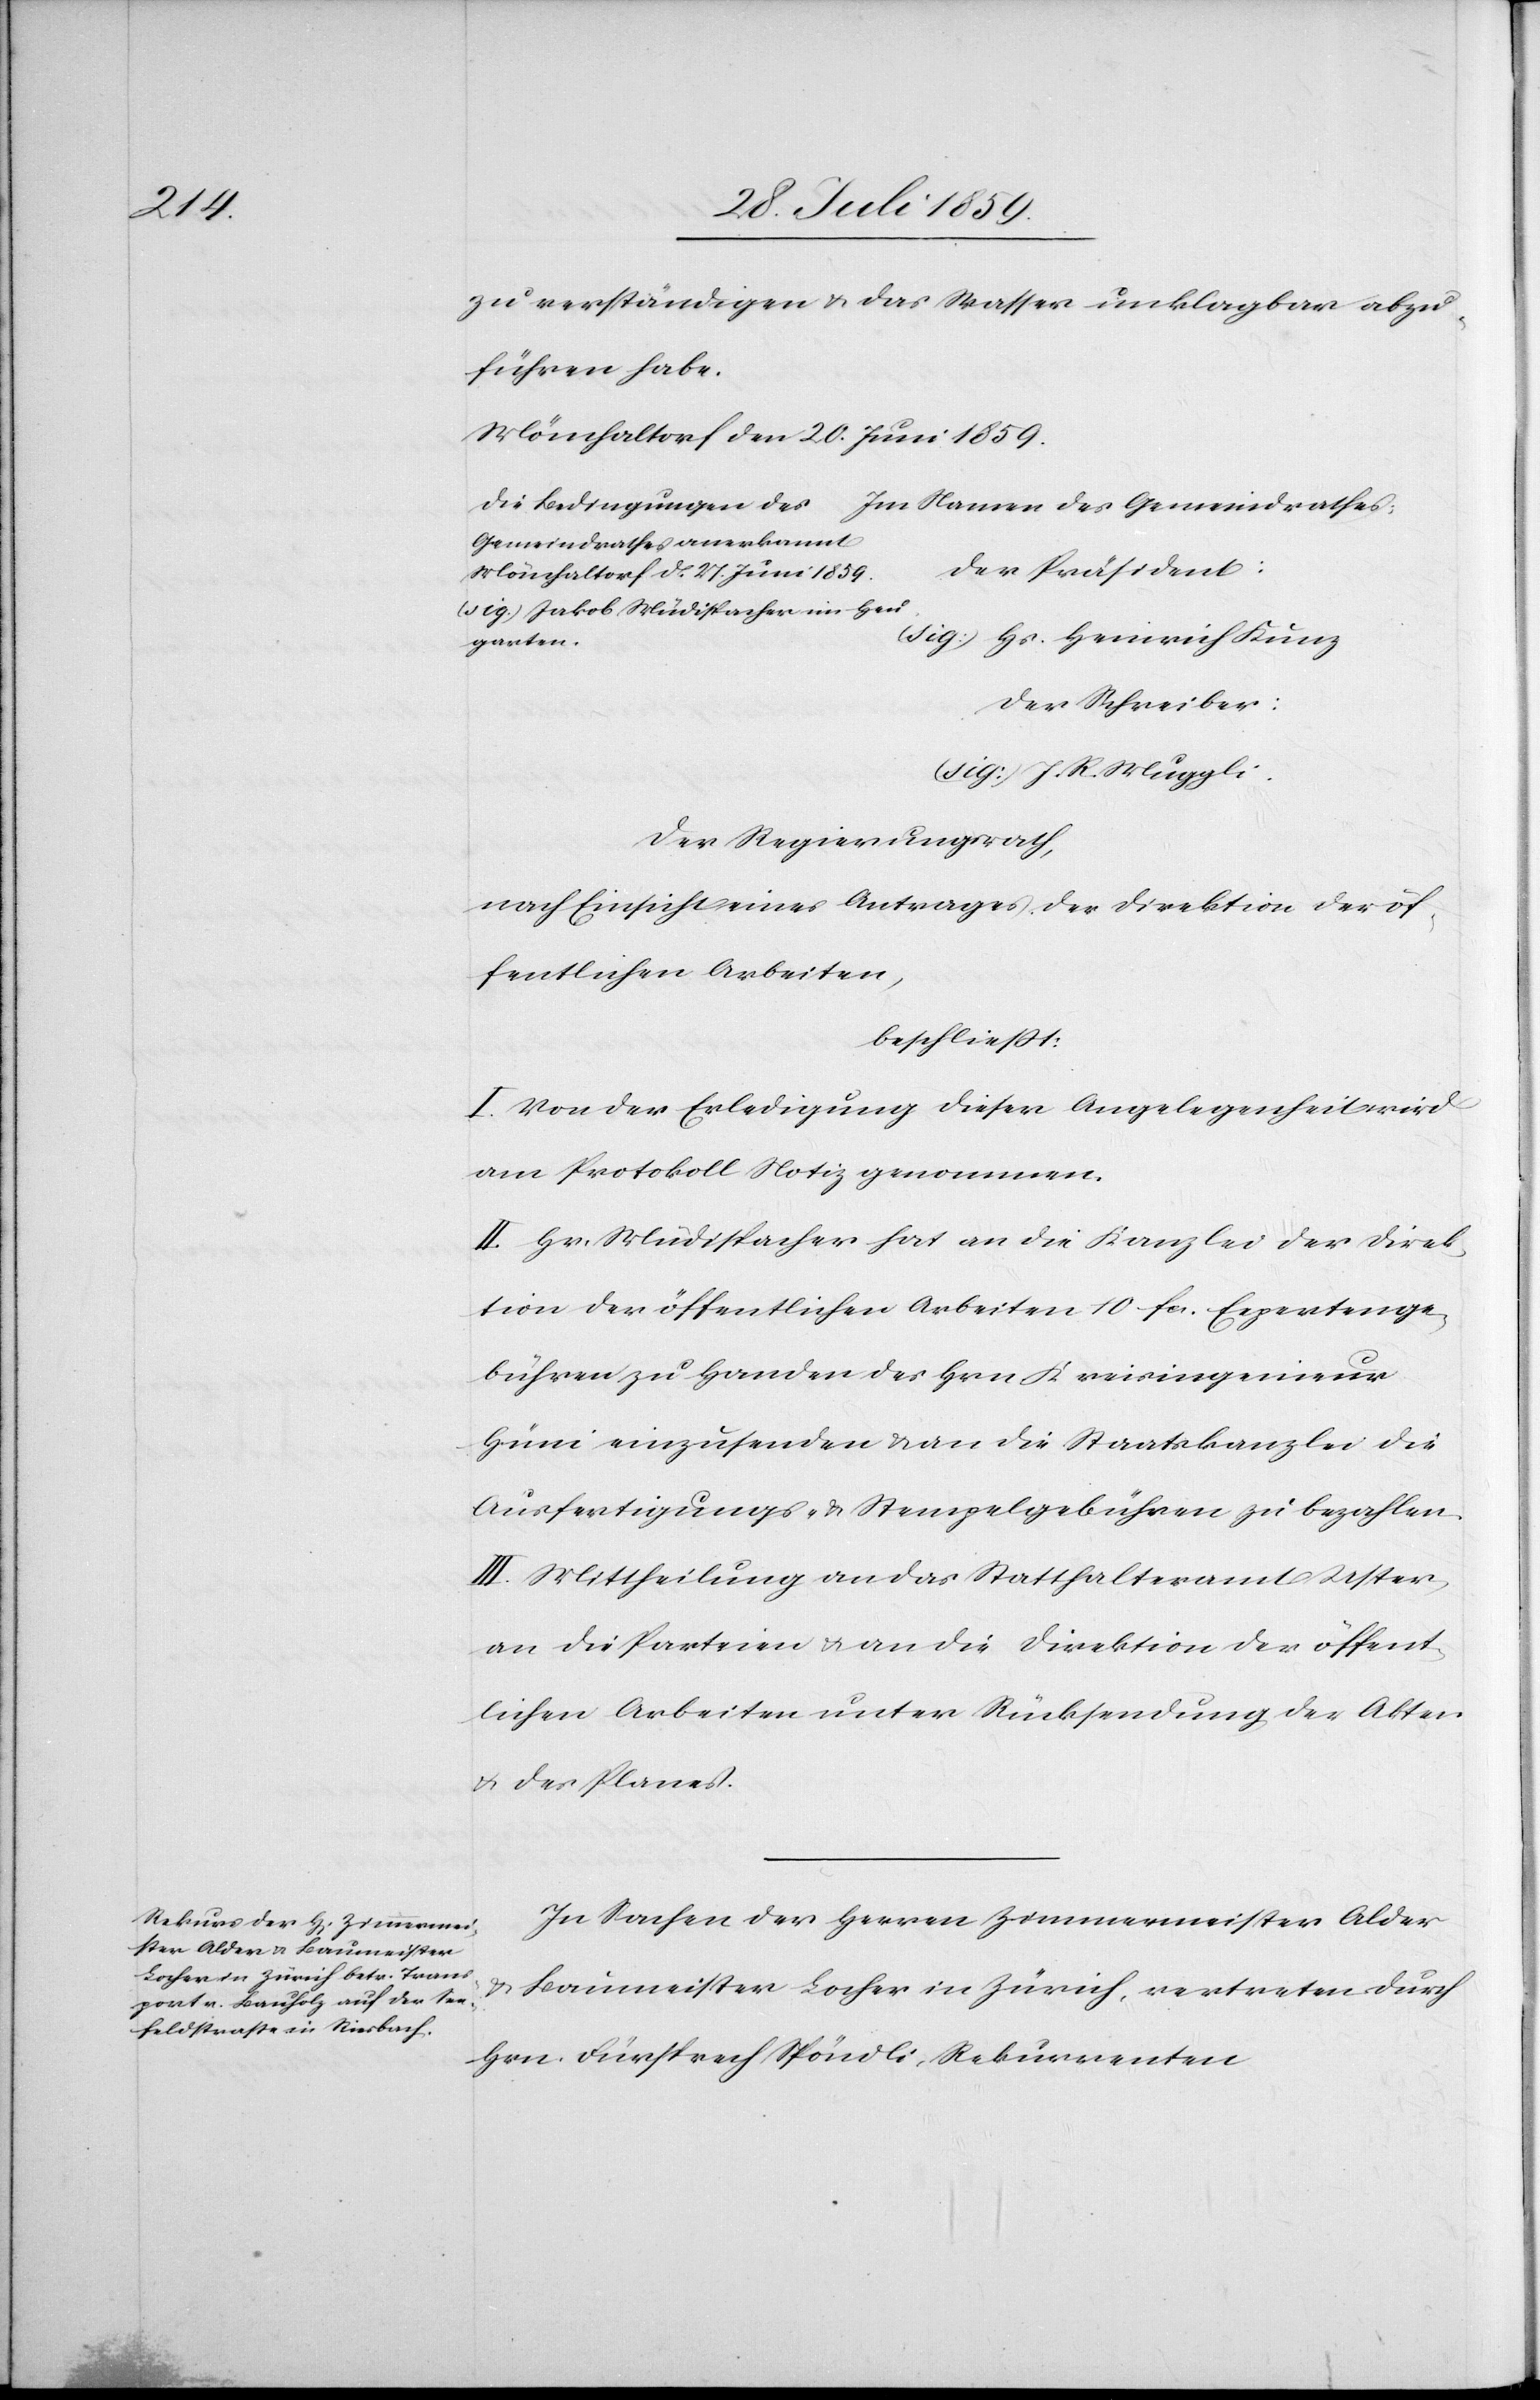
zu verständigen u. das Wasser unklagbar abzu¬
führen habe.
Mönchaltorf den 20. Juni 1859.
Gemeindrathes anerkannt
Der Präsident:
Mönchaltorf d[en] 27. Juni 1859.
(sig.) Jakob Müdispacher im Heu¬
garten.
(sig) J. R. Muggli.
Der Regierungsrath,
nach Einsicht eines Antrages der Direktion der öf¬
fentlichen Arbeiten,
beschließt:
I. Von der Erledigung dieser Angelegenheit wird
am Protokoll Notiz genommen.
II. Hr. Müdispacher hat an die Kanzlei der Direk¬
tion der öffentlichen Arbeiten 10. fcs. Expertenge¬
bühren zu Handen des Hrn. Kreisingenieur
Hüni einzusenden u. an die Staatskanzlei die
Ausfertigungs- u. Stempelgebühren zu bezahlen.
III. Mittheilung an das Statthalteramt Uster,
an die Parteien u. an die Direktion der öffent¬
lichen Arbeiten unter Rücksendung der Akten
u. des Planes.
In Sachen der Herren Zimmermeister Alder
u. Baumeister Locher in Zürich, vertreten durch
Hrn. Fürsprech Spöndli, Rekurrenten